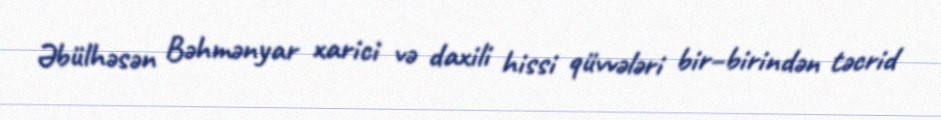
Əbülhəsən Bəhmənyar xarici və daxili hissi qüvvələri bir–birindən təcrid